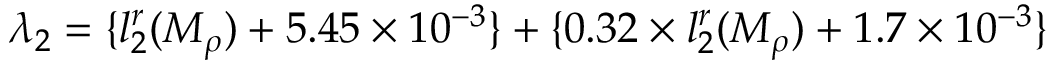
\lambda _ { 2 } = \{ l _ { 2 } ^ { r } ( M _ { \rho } ) + 5 . 4 5 \times 1 0 ^ { - 3 } \} + \{ 0 . 3 2 \times l _ { 2 } ^ { r } ( M _ { \rho } ) + 1 . 7 \times 1 0 ^ { - 3 } \}